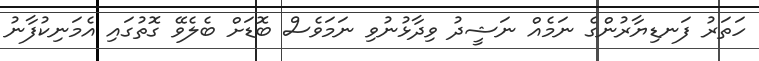
ހަތަރު ފަނޑިޔާރުންގެ ނަމެއް ނަޝީދު ވިދާޅުނުވި ނަމަވެސް ބޮޑަށް ބެލެވޭ ގޮތުގައި އެމަނިކުފާނު